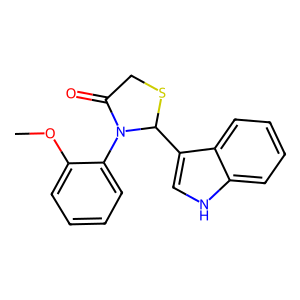
SMILES: COc1ccccc1N1C(=O)CSC1c1c[nH]c2ccccc12
Inhibits HIV replication: No